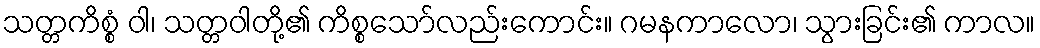
သတ္တကိစ္စံ ဝါ၊ သတ္တဝါတို့၏ ကိစ္စသော်လည်းကောင်း။ ဂမနကာလော၊ သွားခြင်း၏ ကာလ။